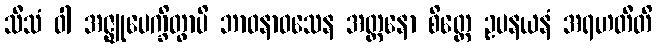
သီသံ ဝါ အဇ္ဈုပေက္ခိတွာပိ ဘာဝနာဝသေန အတ္တနော စိတ္တေ ဥပနယနံ အရဟတီတိ